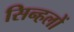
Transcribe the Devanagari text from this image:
सिन्हलों